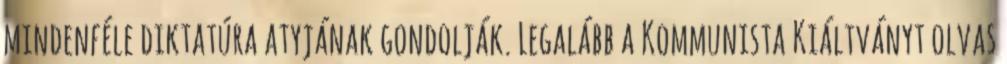
mindenféle diktatúra atyjának gondolják. Legalább a Kommunista Kiáltványt olvas